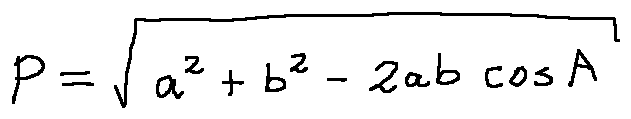
p = \sqrt { a ^ { 2 } + b ^ { 2 } - 2 a b \cos A }